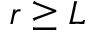
r \ge L